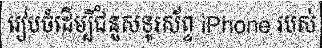
រៀបចំដើម្បីជំនួសទូរស័ព្ទ iPhone របស់